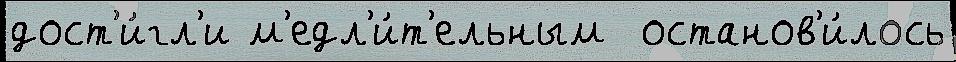
дост'и́гл'и м'едл'и́т'ельным  останов'и́лось